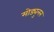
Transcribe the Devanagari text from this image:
मोड्युलन